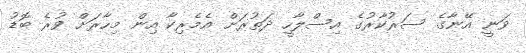
ވަނީ އޭނާގެ ސަރުކާރުގެ އިސްލާހީ ދަތުރަށް އެމެރިކާ އިން މިހާރަށް ވުރެ ބޮޑު